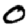
Digit: 0